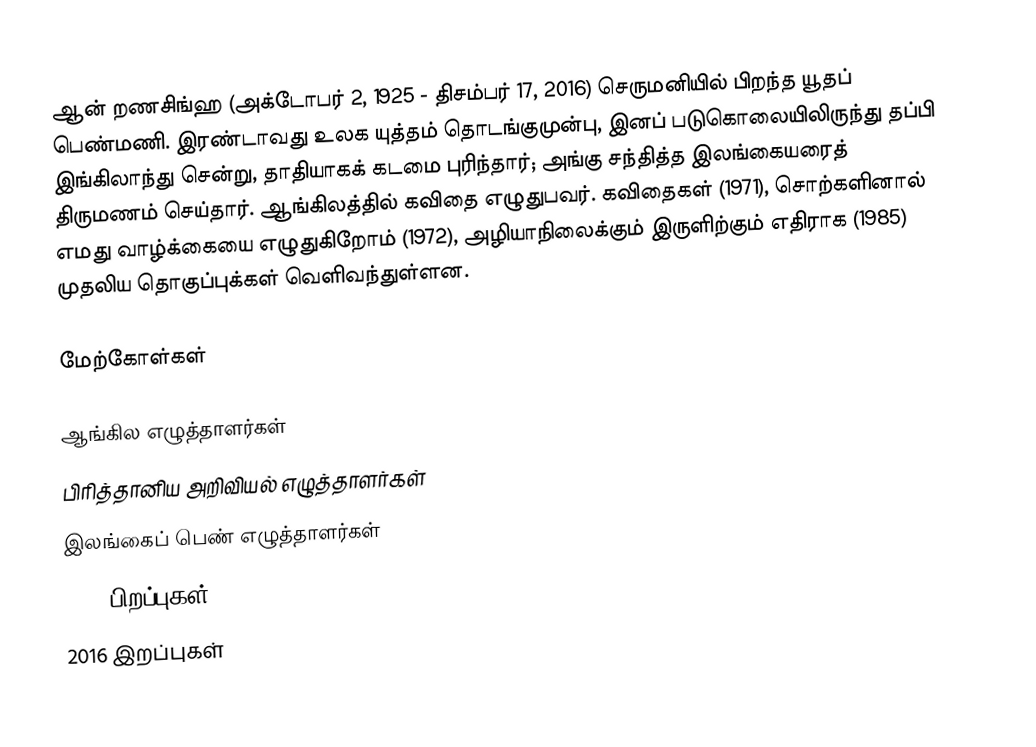
ஆன் றணசிங்ஹ (அக்டோபர் 2, 1925 - திசம்பர் 17, 2016) செருமனியில் பிறந்த யூதப் பெண்மணி. இரண்டாவது உலக யுத்தம் தொடங்குமுன்பு, இனப் படுகொலையிலிருந்து தப்பி இங்கிலாந்து சென்று, தாதியாகக் கடமை புரிந்தார்; அங்கு சந்தித்த இலங்கையரைத் திருமணம் செய்தார். ஆங்கிலத்தில் கவிதை எழுதுபவர். கவிதைகள் (1971), சொற்களினால் எமது வாழ்க்கையை எழுதுகிறோம் (1972), அழியாநிலைக்கும் இருளிற்கும் எதிராக (1985) முதலிய தொகுப்புக்கள் வெளிவந்துள்ளன.

மேற்கோள்கள்

ஆங்கில எழுத்தாளர்கள்
பிரித்தானிய அறிவியல் எழுத்தாளர்கள்
இலங்கைப் பெண் எழுத்தாளர்கள்
1925 பிறப்புகள்
2016 இறப்புகள்